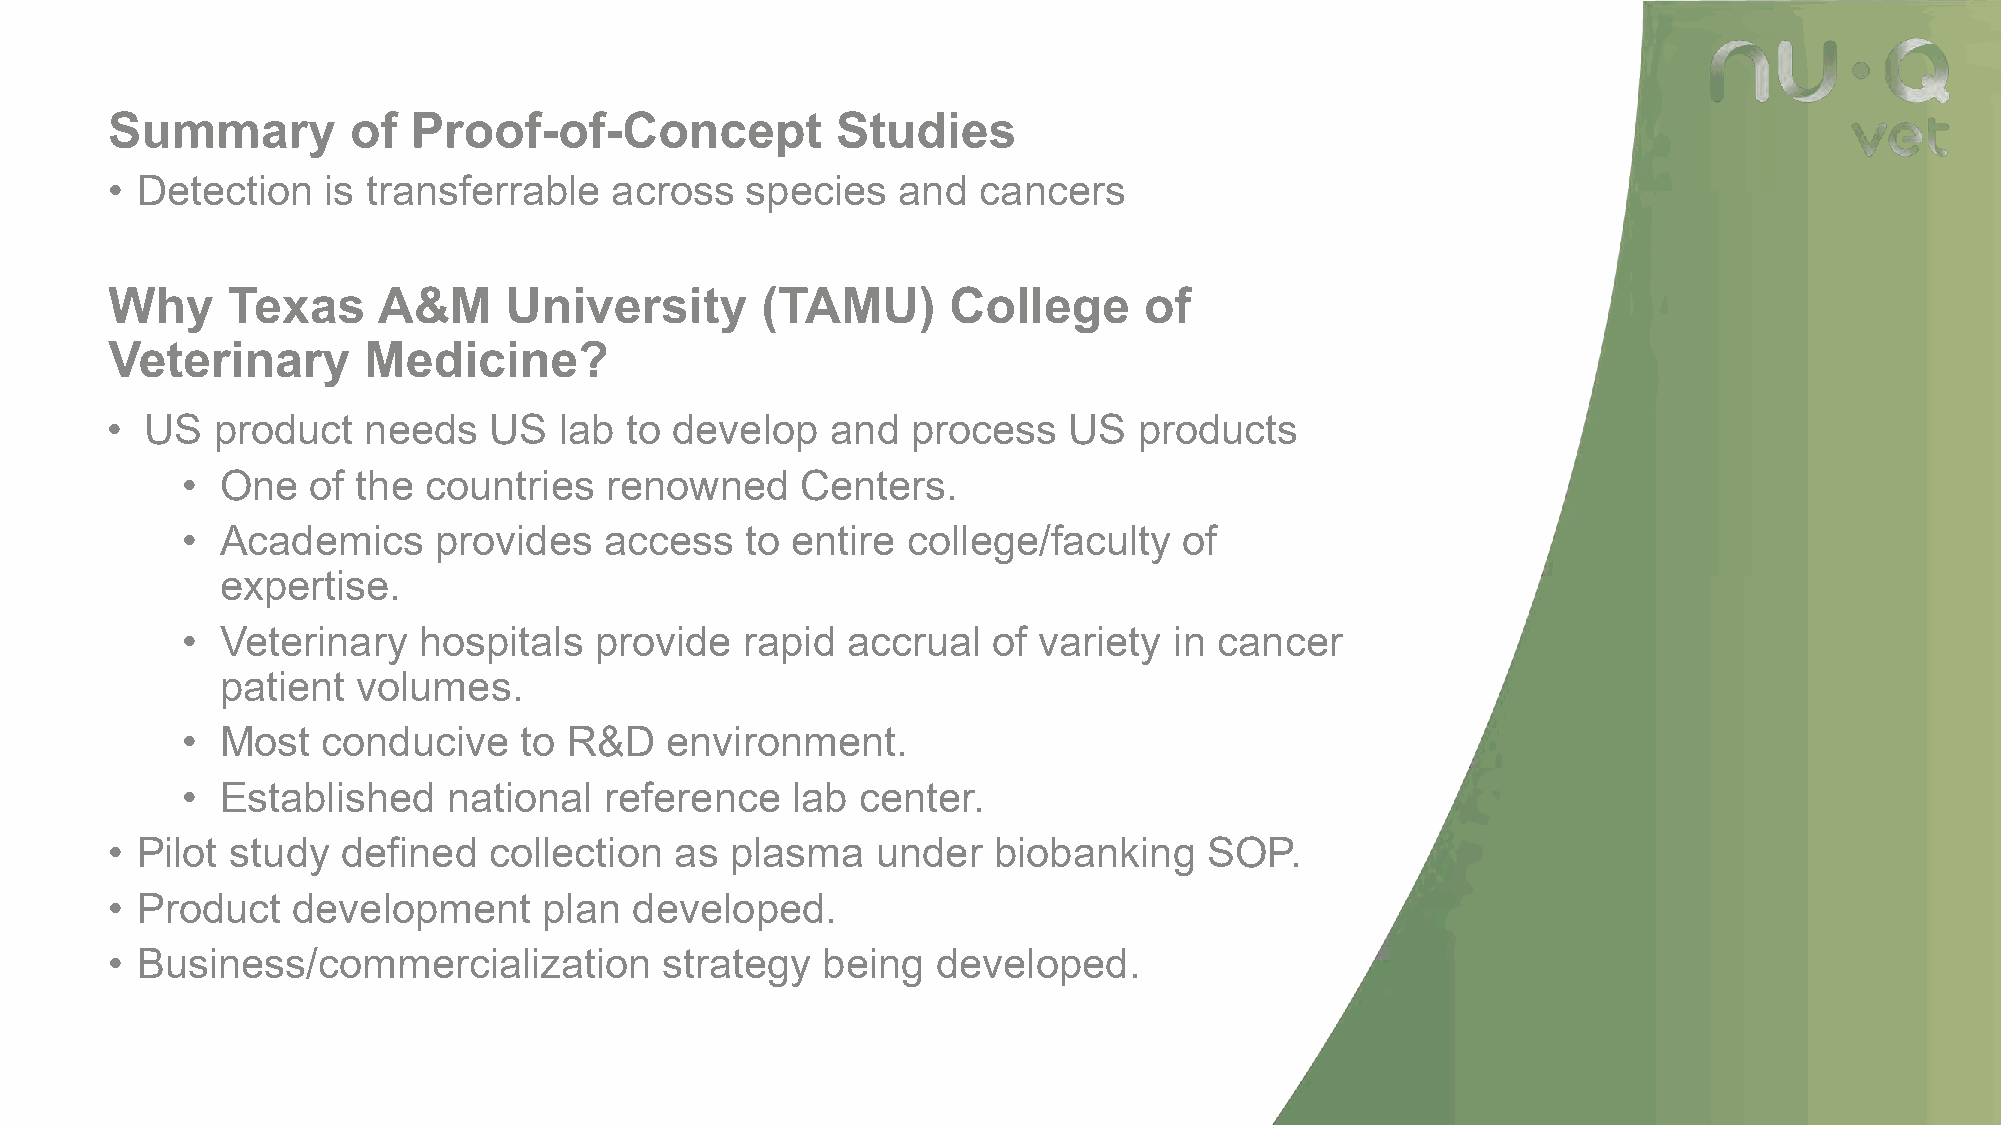
Summary         of  Proof-of-Concept            Studies
 • Detection   is transferrable   across   species   and   cancers
 Why     Texas     A&M     University       (TAMU)       College      of
 Veterinary       Medicine?
 •  US  product   needs   US   lab to develop    and  process    US  products
 •  One  of  the countries   renowned     Centers.
 •  Academics     provides   access   to entire  college/faculty   of
 expertise.
 •  Veterinary   hospitals  provide   rapid  accrual   of variety  in cancer
 patient  volumes.
 •  Most  conducive    to R&D    environment.
 •  Established    national  reference   lab  center.
 • Pilot study   defined  collection   as plasma    under   biobanking    SOP.
 • Product   development      plan  developed.
 • Business/commercialization         strategy  being   developed.